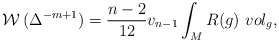
\begin{align*}\mathcal{W}\,( \Delta ^{-m+1})= \frac{n-2}{12} v_{n-1} \int _{M} R(g)~vol_{g},\end{align*}